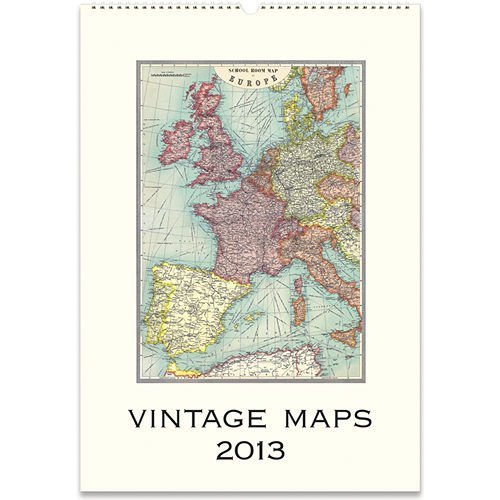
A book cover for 2013 Vintage Maps Wall Calendar; Calendars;